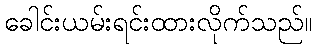
ခေါင်းယမ်းရင်းထားလိုက်သည်။